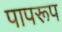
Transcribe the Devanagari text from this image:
पापरूप